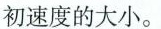
初速度的大小。